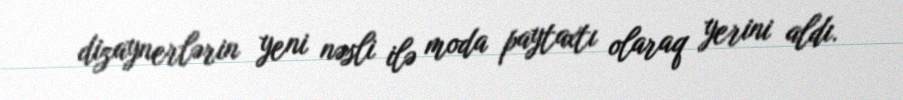
dizaynerlərin yeni nəsli ilə moda paytaxtı olaraq yerini aldı.